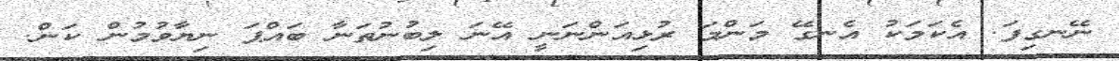
ނޭނގިފަ. އެކަމަކު އެނގޭ މަންމަ ރުޅިއަންނަނީ އޭނަ ލިބުނުތަނާ ބައްޕަ ނިޔާވުމުން ކަން.